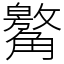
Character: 䚫